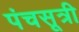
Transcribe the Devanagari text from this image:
पंचसूत्री